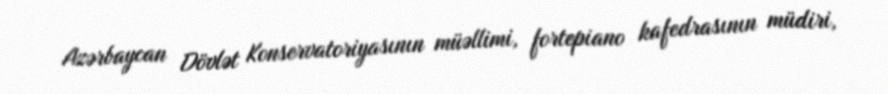
Azərbaycan Dövlət Konservatoriyasının müəllimi, fortepiano kafedrasının müdiri,